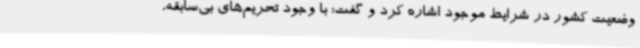
وضعیت کشور در شرایط موجود اشاره کرد و گفت: با وجود تحریم‌های بی‌سابقه،